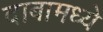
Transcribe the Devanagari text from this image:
दाबामध्ये